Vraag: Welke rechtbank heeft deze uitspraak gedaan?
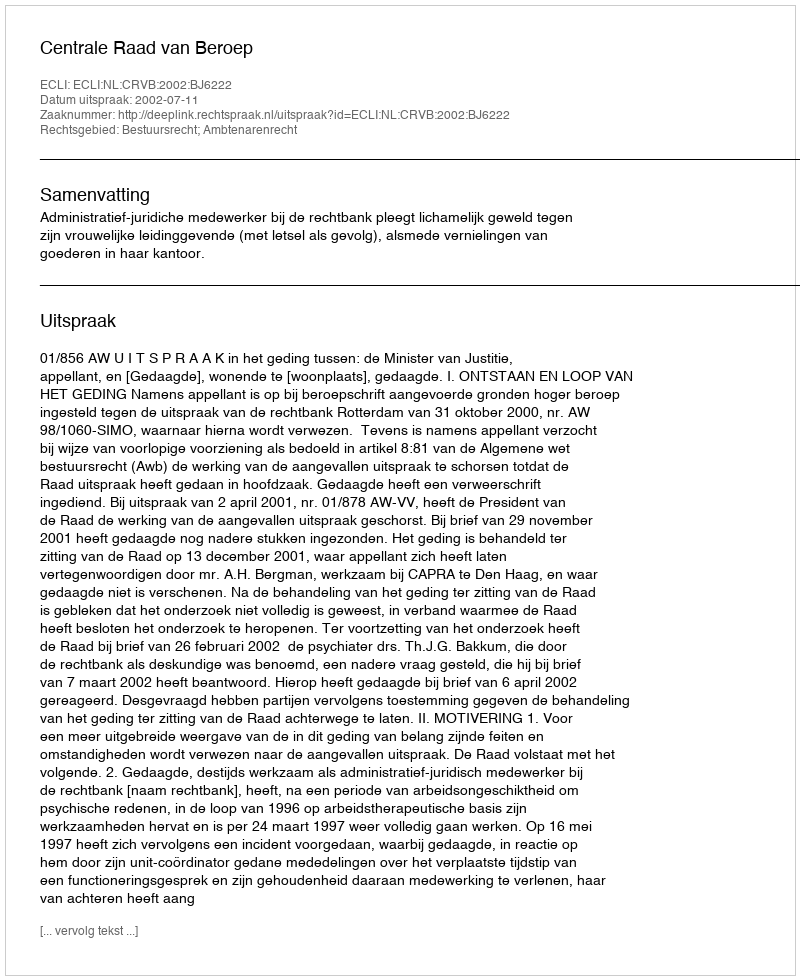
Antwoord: Centrale Raad van Beroep